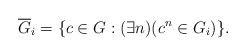
LaTeX: \begin{align*}\overline G_i=\{c\in G:(\exists n)(c^n\in G_i)\}.\end{align*}